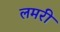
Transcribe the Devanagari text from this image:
लमरी